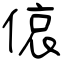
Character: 偯